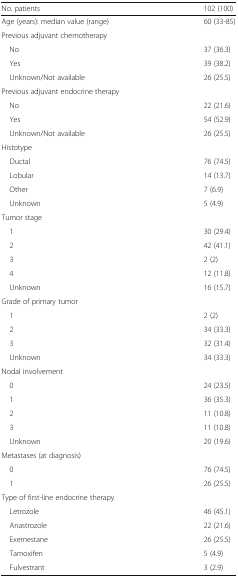
| No. patients | 102 (100) |
 | --- | --- |
 | Age (years): median value (range) | 60 (33-85) |
 | <COLSPAN=2> Previous adjuvant chemotherapy |
 | No | 37 (36.3) |
 | Yes | 39 (38.2) |
 | Unknown/Not available | 26 (25.5) |
 | <COLSPAN=2> Previous adjuvant endocrine therapy |
 | No | 22 (21.6) |
 | Yes | 54 (52.9) |
 | Unknown/Not available | 26 (25.5) |
 | <COLSPAN=2> Histotype |
 | Ductal | 76 (74.5) |
 | Lobular | 14 (13.7) |
 | Other | 7 (6.9) |
 | Unknown | 5 (4.9) |
 | <COLSPAN=2> Tumor stage |
 | 1 | 30 (29.4) |
 | 2 | 42 (41.1) |
 | 3 | 2 (2) |
 | 4 | 12 (11.8) |
 | Unknown | 16 (15.7) |
 | <COLSPAN=2> Grade of primary tumor |
 | 1 | 2 (2) |
 | 2 | 34 (33.3) |
 | 3 | 32 (31.4) |
 | Unknown | 34 (33.3) |
 | <COLSPAN=2> Nodal involvement |
 | 0 | 24 (23.5) |
 | 1 | 36 (35.3) |
 | 2 | 11 (10.8) |
 | 3 | 11 (10.8) |
 | Unknown | 20 (19.6) |
 | <COLSPAN=2> Metastases (at diagnosis) |
 | 0 | 76 (74.5) |
 | 1 | 26 (25.5) |
 | <COLSPAN=2> Type of first-line endocrine therapy |
 | Letrozole | 46 (45.1) |
 | Anastrozole | 22 (21.6) |
 | Exemestane | 26 (25.5) |
 | Tamoxifen | 5 (4.9) |
 | Fulvestrant | 3 (2.9) |